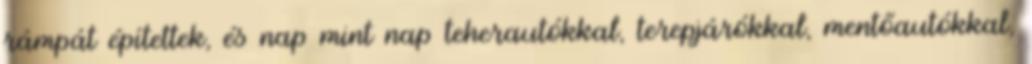
rámpát építettek, és nap mint nap teherautókkal, terepjárókkal, mentőautókkal,